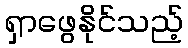
ရှာဖွေနိုင်သည့်